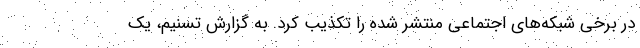
در برخی شبکه‌های اجتماعی منتشر شده را تکذیب کرد. به گزارش تسنیم، یک